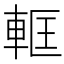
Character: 軭